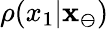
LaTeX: \rho(x_{1}|\mathbf{x}_{\ominus})